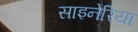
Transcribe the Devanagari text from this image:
साइनेरिया